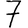
Digit: 7